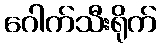
ဂေါက်သီးရိုက်